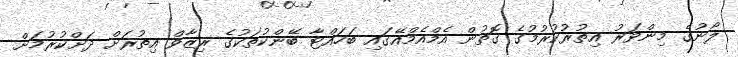
ލޯނުގެ މިންވަރު އިތުރުކުރުމުގެ ގޮތުން އެމްއެމްއޭގައި ބަހައްޓާ ބޭންކުތަކުގެ ރިޒާވް އިތުރަށް ދަށްކުރުމަށް